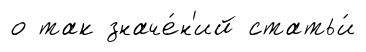
о так значе́н'ий статьи́